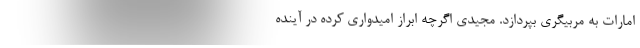
امارات به مربیگری بپردازد. مجیدی اگرچه ابراز امیدواری کرده در آینده